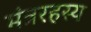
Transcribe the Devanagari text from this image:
मंत्ररहस्य